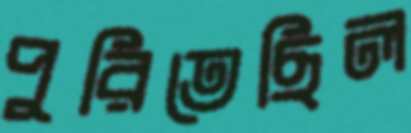
পুরিতেছিল